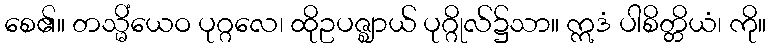
စေ၏။ တသ္မိံယေဝ ပုဂ္ဂလေ၊ ထိုဥပဇ္ဈာယ် ပုဂ္ဂိုလ်၌သာ။ ဣဒံ ပါစိတ္တိယံ၊ ကို။